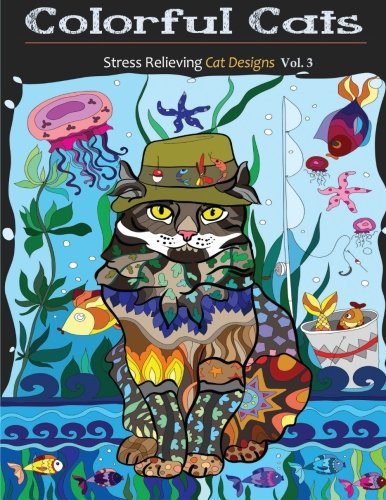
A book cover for Colorful Cats: Stress Relieving Cat Designs (Creative Cats Adult Coloring Books) (Volume 3); Adult Coloring Books; Self-Help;